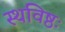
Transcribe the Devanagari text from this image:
स्थविष्ठः